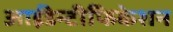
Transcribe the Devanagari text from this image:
आईडेन्टीफिकेशन